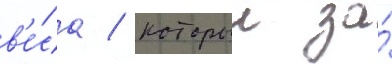
в'е́са / которыи за́